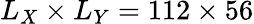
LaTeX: L_{X}\times L_{Y}=112\times 56